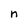
Character: n